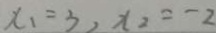
x _ { 1 } = 3 , x _ { 2 } = - 2